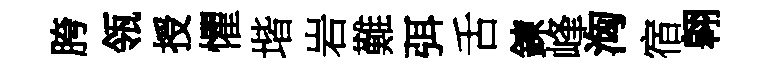
胯瓴授懼堦岩難弭舌鍊峰洶宿翱